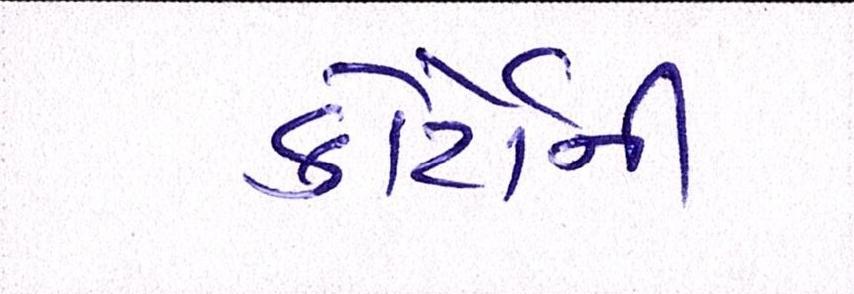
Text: કોર્ટોની